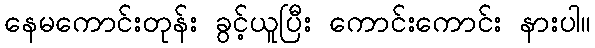
နေမကောင်းတုန်း ခွင့်ယူပြီး ကောင်းကောင်း နားပါ။